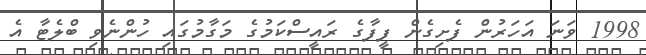
1998 ވަނަ އަހަރުން ފެށިގެން ފީފާގެ ރައީސްކަމުގެ މަގާމުގައި ހުންނެވި ބްލެޓާ އެ